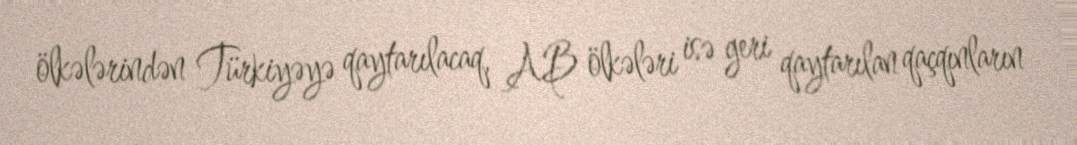
ölkələrindən Türkiyəyə qaytarılacaq, AB ölkələri isə geri qaytarılan qaçqınların